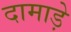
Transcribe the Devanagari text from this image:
दामाड़े